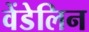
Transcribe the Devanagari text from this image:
वेंडेलिन